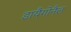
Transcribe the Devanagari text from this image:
डायैगोनैल